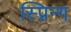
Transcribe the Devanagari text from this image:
स्प्रिन्ग